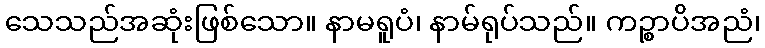
သေသည်အဆုံးဖြစ်သော။ နာမရူပံ၊ နာမ်ရုပ်သည်။ ကဉ္စာပိအညံ၊